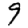
Digit: 9